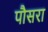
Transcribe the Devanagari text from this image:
पौसरा